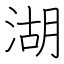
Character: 湖